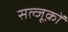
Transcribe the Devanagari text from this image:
सल्जूक़ों